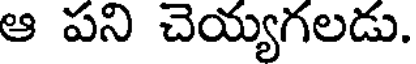
ఆ పని చెయ్యగలడు.